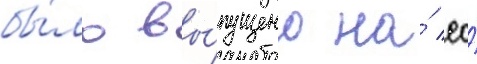
бы́ло вы́пущено на́ ео́